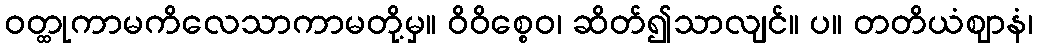
ဝတ္ထုကာမကိလေသာကာမတို့မှ။ ဝိဝိစ္စေဝ၊ ဆိတ်၍သာလျင်။ ပ။ တတိယံဈာနံ၊